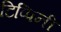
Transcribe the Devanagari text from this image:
टिप्पिनी